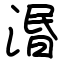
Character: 湣